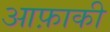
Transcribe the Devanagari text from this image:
आफ़ाकी